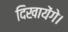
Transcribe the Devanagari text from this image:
दिखायेंगे।